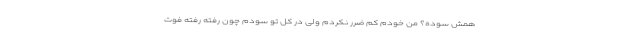
همش سوده؟ من خودم کم ضرر نکردم ولی در کل تو سودم چون رفته رفته فوت